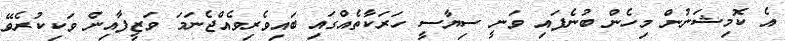
އެ ކޮމިޝަނުން މިހެން ބުނެފައި ވަނީ ސިޔާސީ ހަރަކާތެއްގައި ބައިވެރިވެއްޖެނަމަ ވަޒީފާއިން ވަކިކުރެވޭ